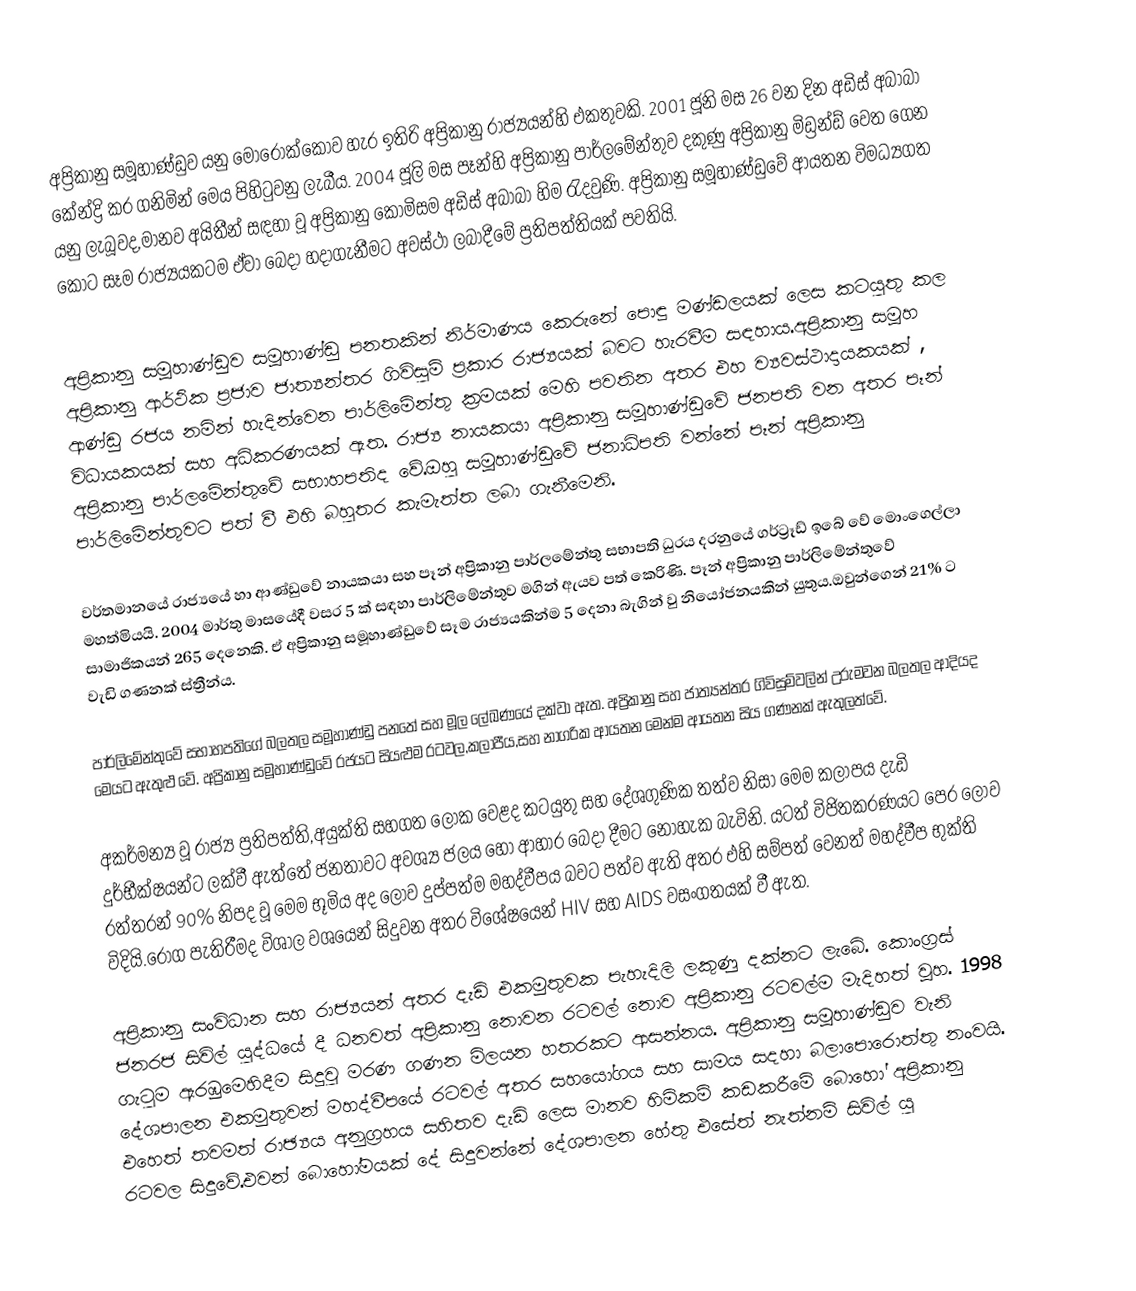
අප්‍රිකානු සමූහාණ්ඩුව යනු මොරොක්කෝව හැර ඉතිරි අප්‍රිකානු රාජ්‍යයන්හි එකතුවකි. 2001 ජූනි මස 26 වන දින අඩිස් අබාබා කේන්ද්‍රි කර ගනිමින් මෙය පිහිටුවනු ලැබීය. 2004 ජූලි මස පෑන්හි අප්‍රිකානු පාර්ලමේන්තුව දකුණු අප්‍රිකානු මිඩ්‍රන්ඩ් වෙත ගෙන යනු ලැබූවද,මානව අයිතීන් සඳහා වූ අප්‍රිකානු කොමිසම අඩිස් අබාබා හිම රැදවුණි. අප්‍රිකානු සමූහාණ්ඩුවේ ආයතන විමධ්‍යගත කොට සෑම රාජ්‍යයකටම ඒවා බෙදා හදාගැනීමට අවස්ථා ලබාදීමේ ප්‍රතිපත්තියක් පවතියි.

අප්‍රිකානු සමූහාණ්ඩුව සමූහාණ්ඩු පනතකින් නිර්මාණය කෙරුනේ පොඳු මණ්ඩලයක් ලෙස කටයුතු කල අප්‍රිකානු ආර්ථික ප්‍රජාව ජාත්‍යන්තර ගිවිසුම් ප්‍රකාර රාජ්‍යයක් බවට හැරවීම සඳහාය.අප්‍රිකානු සමූහ ආණ්ඩු රජය නමින් හැදින්වෙන පාර්ලිමේන්තු ක්‍රමයක් මෙහි පවතින අතර එහ ව්‍යවස්ථාදායකයක් , විධායකයක් සහ අධිකරණයක් ඇත. රාජ්‍ය නායකයා අප්‍රිකානු සමූහාණ්ඩුවේ ජනපති වන අතර පෑන් අප්‍රිකානු පාර්ලමේන්තුවේ සභාහපතිද වේ.ඔහු සමූහාණ්ඩුවේ ජනාධිපති වන්නේ පෑන් අප්‍රිකානු පාර්ලිමේන්තුවට පත් වී එහි බහුතර කැමැත්ත ලබා ගැනීමෙනි.

වර්තමානයේ රාජ්‍යයේ හා ආණ්ඩුවේ නායකයා සහ පෑන් අප්‍රිකානු පාර්ලමේන්තු සභාපති ධුරය දරනුයේ ගර්ට්‍රෑඩ් ඉබේ වේ මොංගෙල්ලා මහත්මියයි. 2004 මාර්තු මාසයේදී වසර 5 ක් සඳහා පාර්ලිමේන්තුව මගින් ඇයව පත් කෙරිණි. පෑන් අප්‍රිකානු පාර්ලිමේන්තුවේ සාමාජිකයන් 265 දෙනෙකි. ඒ අප්‍රිකානු සමූහාණ්ඩුවේ සෑම රාජ්‍යයකින්ම 5 දෙනා බැගින් වු නියෝජනයකින් යුතුය.ඔවුන්ගෙන් 21% ට වැඩි ගණනක් ස්ත්‍රීන්ය.

පාර්ලිමේන්තුවේ සභාහපතිගේ බලතල සමූහාණ්ඩු පනතේ සහ මූල ලේඛණයේ දක්වා ඇත. අප්‍රිකානු සහ ජාත්‍යන්තර ගිවිසුම්වලින් උරුමවන බලතල ආදියද මෙයට ඇතුළු වේ. අප්‍රිකානු සමූහාණ්ඩුවේ රජයට සියළුම රටවල,කලාපීය,සහ නාගරික ආයතන මෙන්ම ආයතන සිය ගණනක් ඇතුලත්වේ.

අකර්මන්‍ය වූ රාජ්‍ය ප්‍රතිපත්ති,අයුක්ති සහගත ලෝක වෙළද කටයුතු සහ දේශගුණික තත්ව නිසා මෙම කලාපය දැඩි දුර්භීක්ෂයන්ට ලක්වී ඇත්තේ ජනතාවට අවශ්‍ය ජලය හෝ ආහාර බෙදා දීමට නොහැක බැවිනි. යටත් විජිතකරණයට පෙර ලොව රත්තරන් 90% නිපද වූ මෙම භූමිය අද ලොව දුප්පත්ම මහද්වීපය බවට පත්ව ඇති අතර එහි සම්පත් වෙනත් මහද්වීප භුක්ති විදියි.රෝග පැතිරීමද විශාල වශයෙන් සිදුවන අතර විශේෂයෙන් HIV සහ AIDS වසංගතයක් වී ඇත.

අප්‍රිකානු සංවිධාන සහ රාජ්‍යයන් අතර දැඩි එකමුතුවක පැහැදිලි ලකුණු දක්නට ලැබේ. කොංග්‍රස් ජනරජ සිවිල් යුද්ධයේ දී ධනවත් අප්‍රිකානු නොවන රටවල් නොව අප්‍රිකානු රටවල්ම මැදිහත් වූහ. 1998 ගැටුම ඇරඹුමෙහිදීම සිදුවු මරණ ගණන මිලයන හතරකට ආසන්නය. අප්‍රිකානු සමූහාණ්ඩුව වැනි දේශපාලන එකමුතුවන් මහද්වීපයේ රටවල් අතර සහයෝගය සහ සාමය සදහා බලාපොරොත්තු නංවයි. එහෙත් තවමත් රාඡ්‍යය අනුග්‍රහය සහිතව දැඩි ලෙස මානව හිමිකම් කඩකරීමේ බොහෝ අප්‍රිකානු රටවල සිදුවේ.එවන් බොහෝමයක් දේ සිදුවන්නේ දේශපාලන හේතු එසේත් නැත්නම් සිවිල් යු